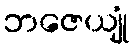
ဘဇေယျုံ